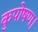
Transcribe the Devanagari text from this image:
कुपोषण।